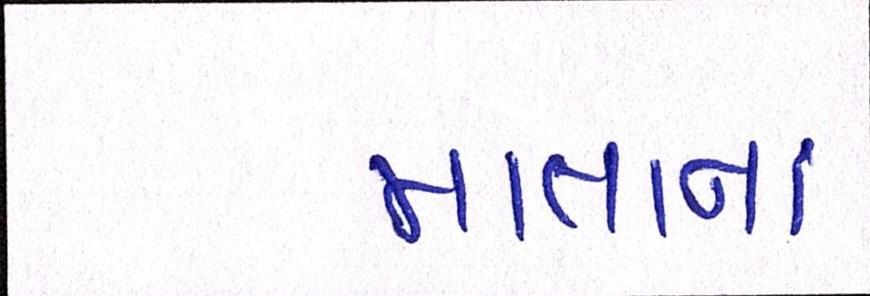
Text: માતાનાં